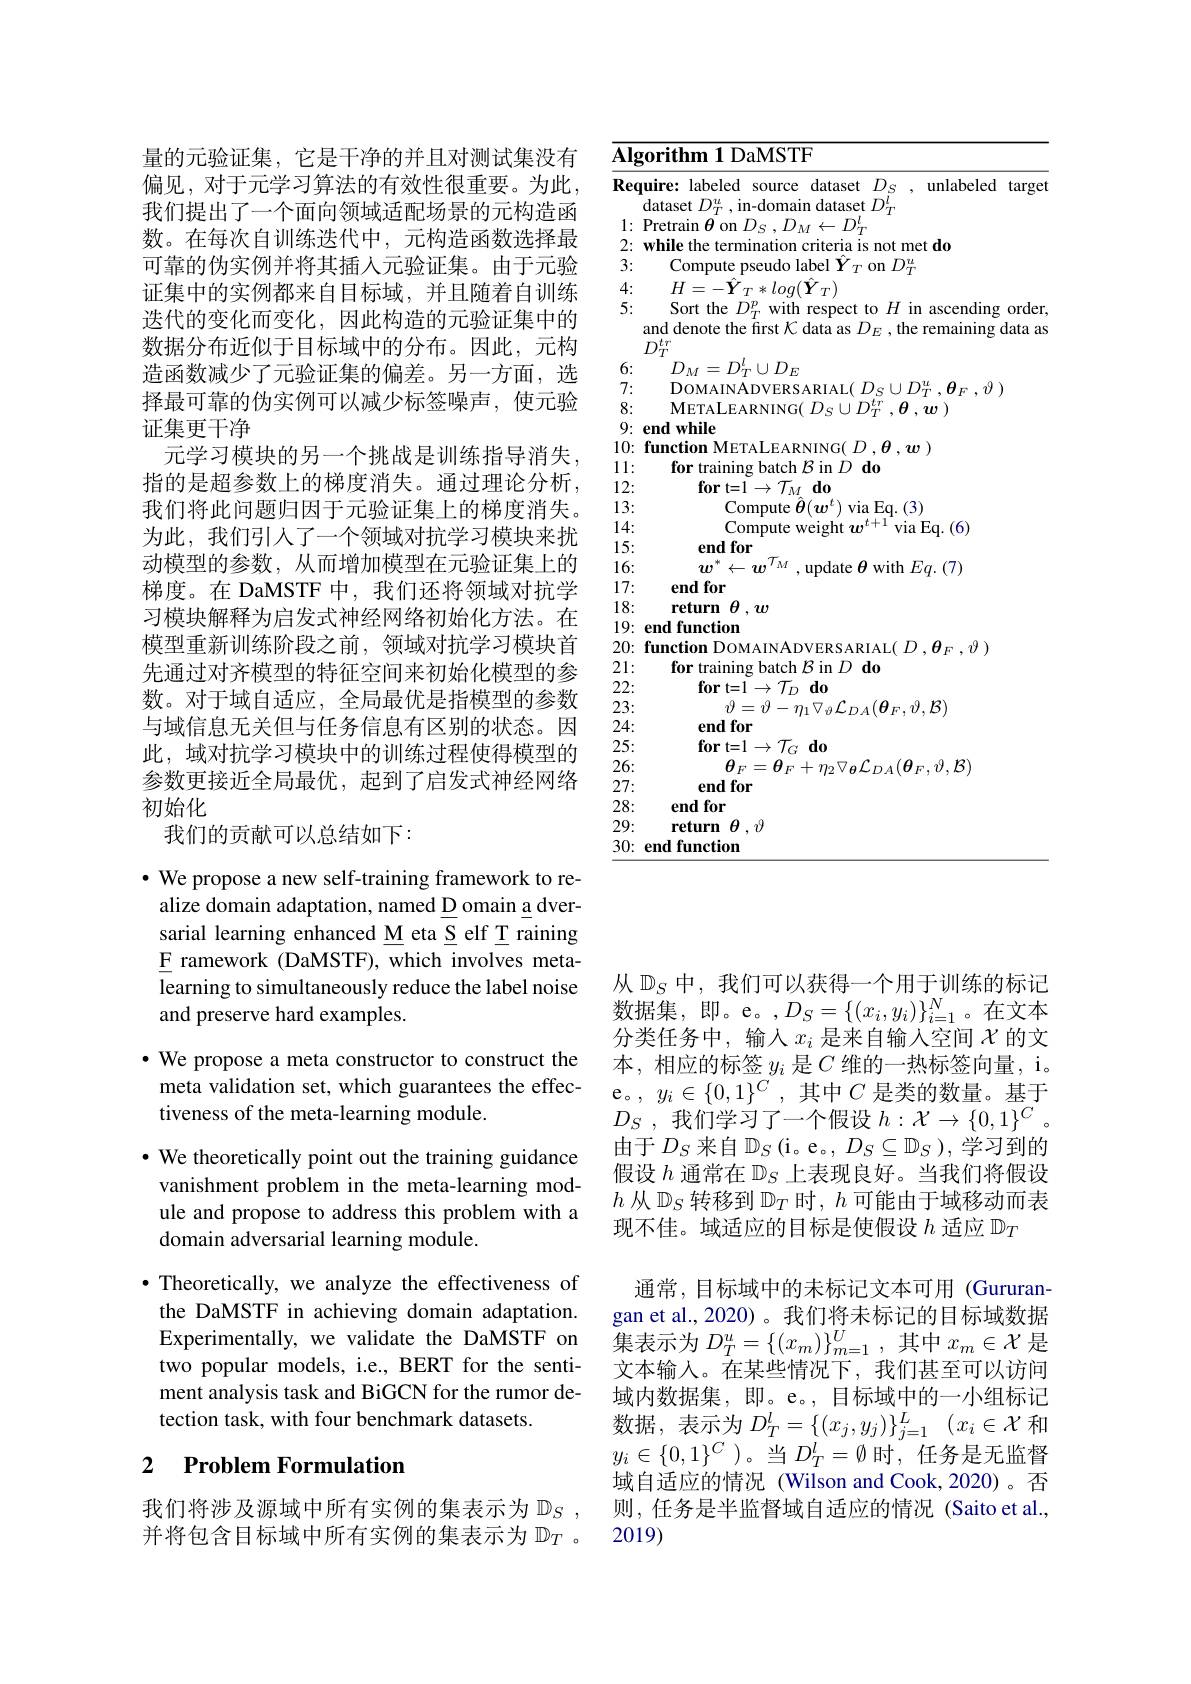
量的元验证集，它是干净的并且对测试集没有偏见，对于元学习算法的有效性很重要。为此， 我们提出了一个面向领域适配场景的元构造函数。在每次自训练迭代中，元构造函数选择最可靠的伪实例并将其插人元验证集。由于元验证集中的实例都来自目标域，并且随着自训练迭代的变化而变化，因此构造的元验证集中的数据分布近似于目标域中的分布。因此，元构造函数减少了元验证集的偏差。另一方面，选择最可靠的伪实例可以减少标签噪声，使元验证集更干净
元学习模块的另一个挑战是训练指导消失， 指的是超参数上的梯度消失。通过理论分析， 我们将此问题归因于元验证集上的梯度消失。为此，我们引人了一个领域对抗学习模块来扰动模型的参数，从而增加模型在元验证集上的梯度。在 DaMSTF 中，我们还将领域对抗学习模块解释为启发式神经网络初始化方法。在模型重新训练阶段之前，领域对抗学习模块首先通过对齐模型的特征空间来初始化模型的参数。对于域自适应，全局最优是指模型的参数与域信息无关但与任务信息有区别的状态。因此，域对抗学习模块中的训练过程使得模型的参数更接近全局最优，起到了启发式神经网络初始化
我们的贡献可以总结如下：

$\bullet$ We propose a new self-training framework to re-
alize domain adaptation, named D omain a dversarial learning enhanced M eta S elf T raining $\underline{{\mathrm{F}}}$ ramework (DaMSTF), which involves metalearning to simultaneously reduce the label noise and preserve hard examples.

$\bullet$ We propose a meta constructor to construct the

meta validation set, which guarantees the effec-

tiveness of the meta-learning module.

$\cdot$ We theoretically point out the training guidance vanishment problem in the meta-learning module and propose to address this problem with a domain adversarial learning module.
$\bullet$ Theoretically, we analyze the effectiveness of the DaMSTF in achieving domain adaptation. Experimentally, we validate the DaMSTF on two popular models, i.e., BERT for the sentiment analysis task and BiGCN for the rumor detection task, with four benchmark datasets.

# 2 $\textbf{Problem Formulation}$

我们将涉及源域中所有实例的集表示为$\mathbb{D}_S$, 并将包含目标域中所有实例的集表示为$\mathbb{D}_T$ 。

$\overline{\mathbf{Algorithm1DaMSTF}}$
$\begin{array}{c}{\textbf{Require: labeled source dataset}}&{D_{S}}&{,}&{\text{unlabeled target}}\\{\text{dataset }D_{T}^{u},\text{in-domain dataset }D_{T}^{l}}\end{array}$
1: Pretrain $\theta$ on $D_S,D_M\leftarrow D_T^l$
2: while the termination criteria is not met do
3:
Compute pseudo label $\hat{Y}_T$ on $D_T^u$
4:
$H=-\hat{\boldsymbol{Y}}_{T}*log(\hat{\boldsymbol{Y}}_{T})$
5:
Sort the $D_T^p$ with respect to $H$ in ascending order, and denote the first $\mathcal{K}$ data as $D_E$ ,the remaining data as $D_{T}^{tr}D_{M}=D_{T}^{l}\cup D_{E}$
6: 7:
${\mathrm{DOMAINADVERSARIAL}(\:D_{S}\cup D_{T}^{u},\theta_{F},\vartheta\:)}$
8:
$\mathbf{M}$ETALEARNING($D_S\cup D_{T}^{tr},\boldsymbol{\theta},\boldsymbol{w})$
9: end while
$\begin{array}{ll}{10:\:\textbf{function METALEARNING( }D,\boldsymbol{\theta},\boldsymbol{w})}\\{11:\:\textbf{for training batch }\mathcal{B}\mathrm{~in~}D}\end{array}$
12:
$\textbf{for t= 1}\rightarrow \mathcal{T} _{M}\textbf{do}$
13:
$\underset{C}{\operatorname*{\mathrm{Compute~}}}\hat{\boldsymbol{\theta}}(\boldsymbol{w}^{t})\underset{t+1}{\operatorname*{\mathrm{via~Eq.~(3)}}}$
14:
Compute weight $\boldsymbol{w}^{t+ 1}$via Eq.(6)
15:
end for
$w^{*}\leftarrow w^{\mathcal{T}_{M}}$ , update $\theta$ with $Eq.(7)$
16:
end for
17: 18:
return $\theta,w$
19: end function
$20: \textbf{function DOMAINADVERSARIAL}( D, \boldsymbol{\theta }_{F}, \vartheta )$
21:
for training batch $\mathcal{B}$ in $D\textbf{do}$
22:
${\mathbf{for}}$t=1$\to {\mathcal{T} }_D$ ${\mathbf{do}}$
23:
$\vartheta=\vartheta-\eta_{1}\bigtriangledown_{\vartheta}\mathcal{L}_{DA}(\boldsymbol{\theta}_{F},\vartheta,\mathcal{B})$
24:
end for
25:
${\mathbf{fort= 1}}\to {\mathcal{T} }_{G}$ ${\mathbf{do}}$
26:
$\theta_{F}=\theta_{F}+\eta_{2}\nabla_{\boldsymbol{\theta}}\mathcal{L}_{DA}(\theta_{F},\vartheta,\mathcal{B})$
27:
end for
28:
end for
29:
$\textbf{return}\theta , \vartheta$
30: end function

从$\mathbb{D}_S$中，我们可以获得一个用于训练的标记数据集，即。e。$,D_S=\{(x_i,y_i)\}_{i=1}^N$。在文本分类任务中，输入$x_i$ 是来自输人空间$\chi$的文本，相应的标签$y_i$ 是$C$ 维的一热标签向量，i。e。$,y_i\in\{0,1\}^C$,其中$C$ 是类的数量。基于$D_S$ , 我们学习了一个假设 $h: {\mathcal{X} }\rightarrow \{ 0, 1\} ^C$ 。由于$D_S$来自$\mathbb{D}_S($i。e。$,D_S\subseteq\mathbb{D}_S)$,学习到的假设$h$通常在$\mathbb{D}_S$上表现良好。当我们将假设$h$从$\mathbb{D}_S$转移到$\mathbb{D}_T$时$,h$可能由于域移动而表现不佳。域适应的目标是使假设$h$适应$\mathbb{D}_T$
通常，目标域中的未标记文本可用 (Gururangan et al.,2020)。我们将未标记的目标域数据集表示为$D_T^u=\{(x_m)\}_{m=1}^U$,其中$x_m\in\mathcal{X}$是文本输入。在某些情况下，我们甚至可以访问域内数据集，即。e。,目标域中的一小组标记数据，表示为$D_T^l= \{ ( x_j, y_j) \} _{j= 1}^L$ $( x_i\in \mathcal{X}$和$y_i\in\{0,1\}^C$)。当$D_T^l=\emptyset$时，任务是无监督域自适应的情况 (Wilson and Cook,2020)。否则，任务是半监督域自适应的情况(Saito et al., 2019)